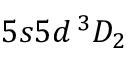
5 s 5 d \, ^ { 3 } D _ { 2 }